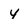
Character: y